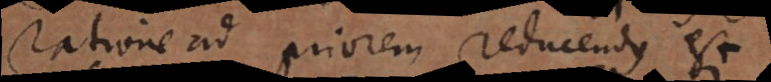
ratione ad priorem reducendus est.